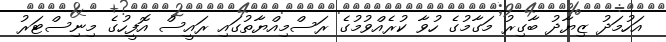
އަހުމަދު ޒިޔާދު ބާގިރު މަގާމުގެ ހުވާ ކުރެއްވުމުގެ ރަސްމިއްޔާތުގައި ރައީސް އޮފީހުގެ މިނިސްޓަރު